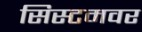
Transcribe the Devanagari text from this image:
सिस्टमवर